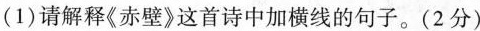
(1)请解释《赤壁》这首诗中加横线的句子。(2分)